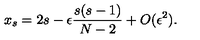
x _ { s } = 2 s - \epsilon \frac { s ( s - 1 ) } { N - 2 } + O ( \epsilon ^ { 2 } ) .